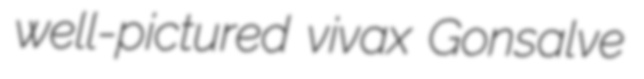
well-pictured vivax Gonsalve